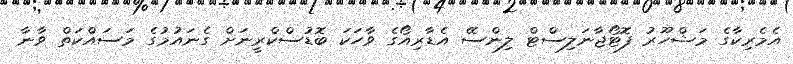
އެމެރިކާގެ މަޝްހޫރު ފޮޓޯޖާނަލިސްޓް ލިންސޭ އެޑާރިއޯގެ ވާހަކަ ބޮޑުސްކްރީނަށް ގެނައުމުގެ މަސައްކަތް ވާނާ